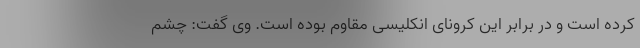
کرده است و در برابر این کرونای انکلیسی مقاوم بوده است. وی گفت: چشم